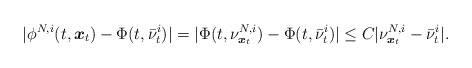
\begin{align*}|\phi^{N,i}(t,\boldsymbol{x}_t)-\Phi(t,\bar{\nu}_t^i)|=|\Phi(t,\nu^{N,i}_{\boldsymbol{x}_t})-\Phi(t,\bar{\nu}_t^i)|\leq C|\nu^{N,i}_{\boldsymbol{x}_t}-\bar{\nu}_t^i|.\end{align*}